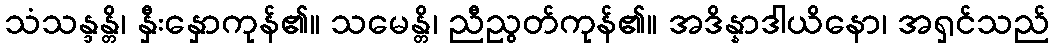
သံသန္ဒန္တိ၊ နှီးနှောကုန်၏။ သမေန္တိ၊ ညီညွတ်ကုန်၏။ အဒိန္နာဒါယိနော၊ အရှင်သည်